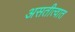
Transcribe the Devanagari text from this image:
असतीत्वात